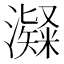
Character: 𤁼